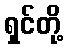
ရှင်တို့